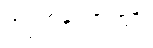
အပြစ်နှင့်အကျိုး